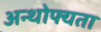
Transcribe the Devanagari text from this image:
अन्थोफ्यता